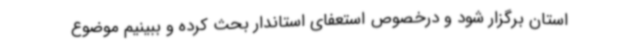
استان برگزار شود و درخصوص استعفای استاندار بحث کرده و ببینیم موضوع